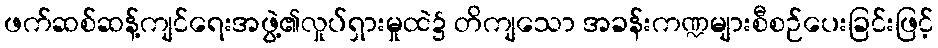
ဖက်ဆစ်ဆန့်ကျင်ရေးအဖွဲ့၏လှုပ်ရှားမှုထဲ၌ တိကျသော အခန်းကဏ္ဍများစီစဉ်ပေးခြင်းဖြင့်